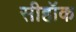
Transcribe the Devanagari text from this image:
सीहॉक